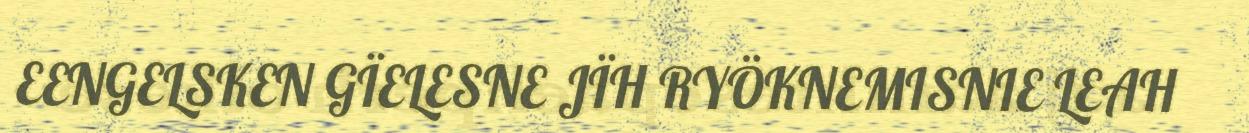
EENGELSKEN GÏELESNE JÏH RYÖKNEMISNIE LEAH